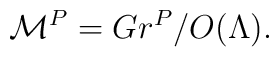
{\cal M}^P = Gr^P/O(\Lambda).